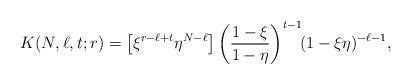
LaTeX: \begin{align*}K(N,\ell,t;r)=\bigl[\xi^{r-\ell+t}\eta^{N-\ell}\bigr] \left(\frac{1-\xi}{1-\eta}\right)^{t-1}\!\!(1-\xi\eta)^{-\ell-1},\end{align*}